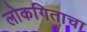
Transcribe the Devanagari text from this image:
लोकगिताचा